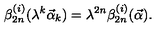
\beta _ { 2 n } ^ { ( i ) } ( \lambda ^ { k } { \vec { \alpha } } _ { k } ) = \lambda ^ { 2 n } \beta _ { 2 n } ^ { ( i ) } ( { \vec { \alpha } } ) .